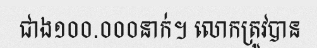
ជាង១០០.០០០នាក់។ លោកត្រូវបាន